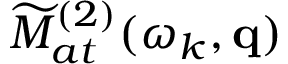
\widetilde { \cal M } _ { a t } ^ { ( 2 ) } ( \omega _ { k } , \mathbf { q } )